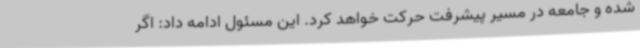
شده و جامعه در مسیر پیشرفت حرکت خواهد کرد. این مسئول ادامه داد: اگر